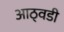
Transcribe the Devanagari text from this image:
आठ्वडी